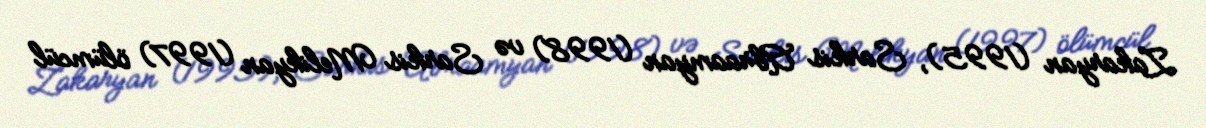
Zakaryan (1995), Sarkis Abraamyan (1998) və Sarkis Melikyan (1997) ölümcül